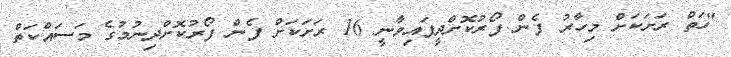
"ހަތް ރަށަކަށް މިހާރު ފެން ފޯރުކޮށްދީފައިވާނީ 16 ރަށަކަށް ފެން ފޯރުކޮށްދިނުމުގެ މަސައްކަތް